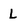
Character: L